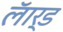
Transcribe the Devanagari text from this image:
लॅार्ड